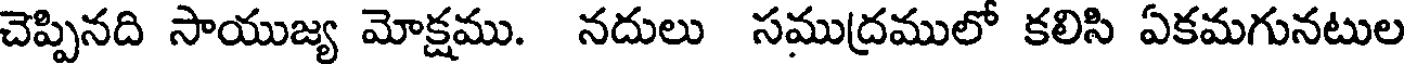
చెప్పినది సాయుజ్య మోక్షము. నదులు సముద్రములో కలిసి ఏకమగునటుల